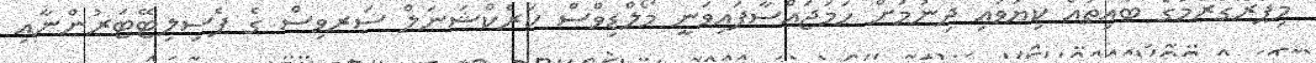
މިޕްރޮގްރާމުގެ ބައިތައް ކިޔަވައި ދިނުމަށް ހަމަޖައްސާފައިވަނީ މޯލްޑިވްސް ކަރެކްޝަނަލް ސަރވިސް ގެ ފެސިލިޓޭޓަރުންނާއި